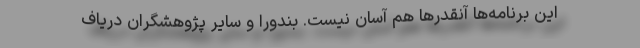
این برنامه‌ها آنقدرها هم آسان نیست. بندورا و سایر پژوهشگران دریاف